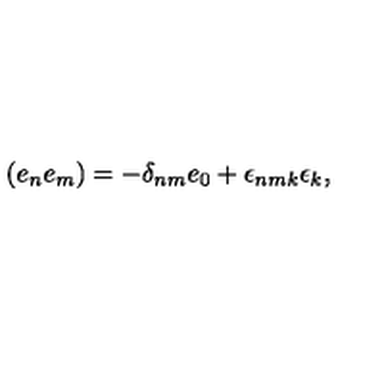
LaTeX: ( e _ { n } e _ { m } ) = - \delta _ { n m } e _ { 0 } + \epsilon _ { n m k } \epsilon _ { k } ,